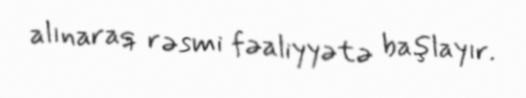
alınaraq rəsmi fəaliyyətə başlayır.